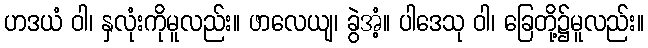
ဟဒယံ ဝါ၊ နှလုံးကိုမူလည်း။ ဖာလေယျ၊ ခွဲအံ့။ ပါဒေသု ဝါ၊ ခြေတို့၌မူလည်း။